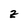
Character: z